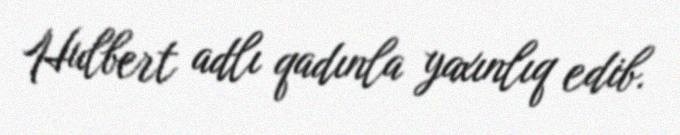
Hulbert adlı qadınla yaxınlıq edib.